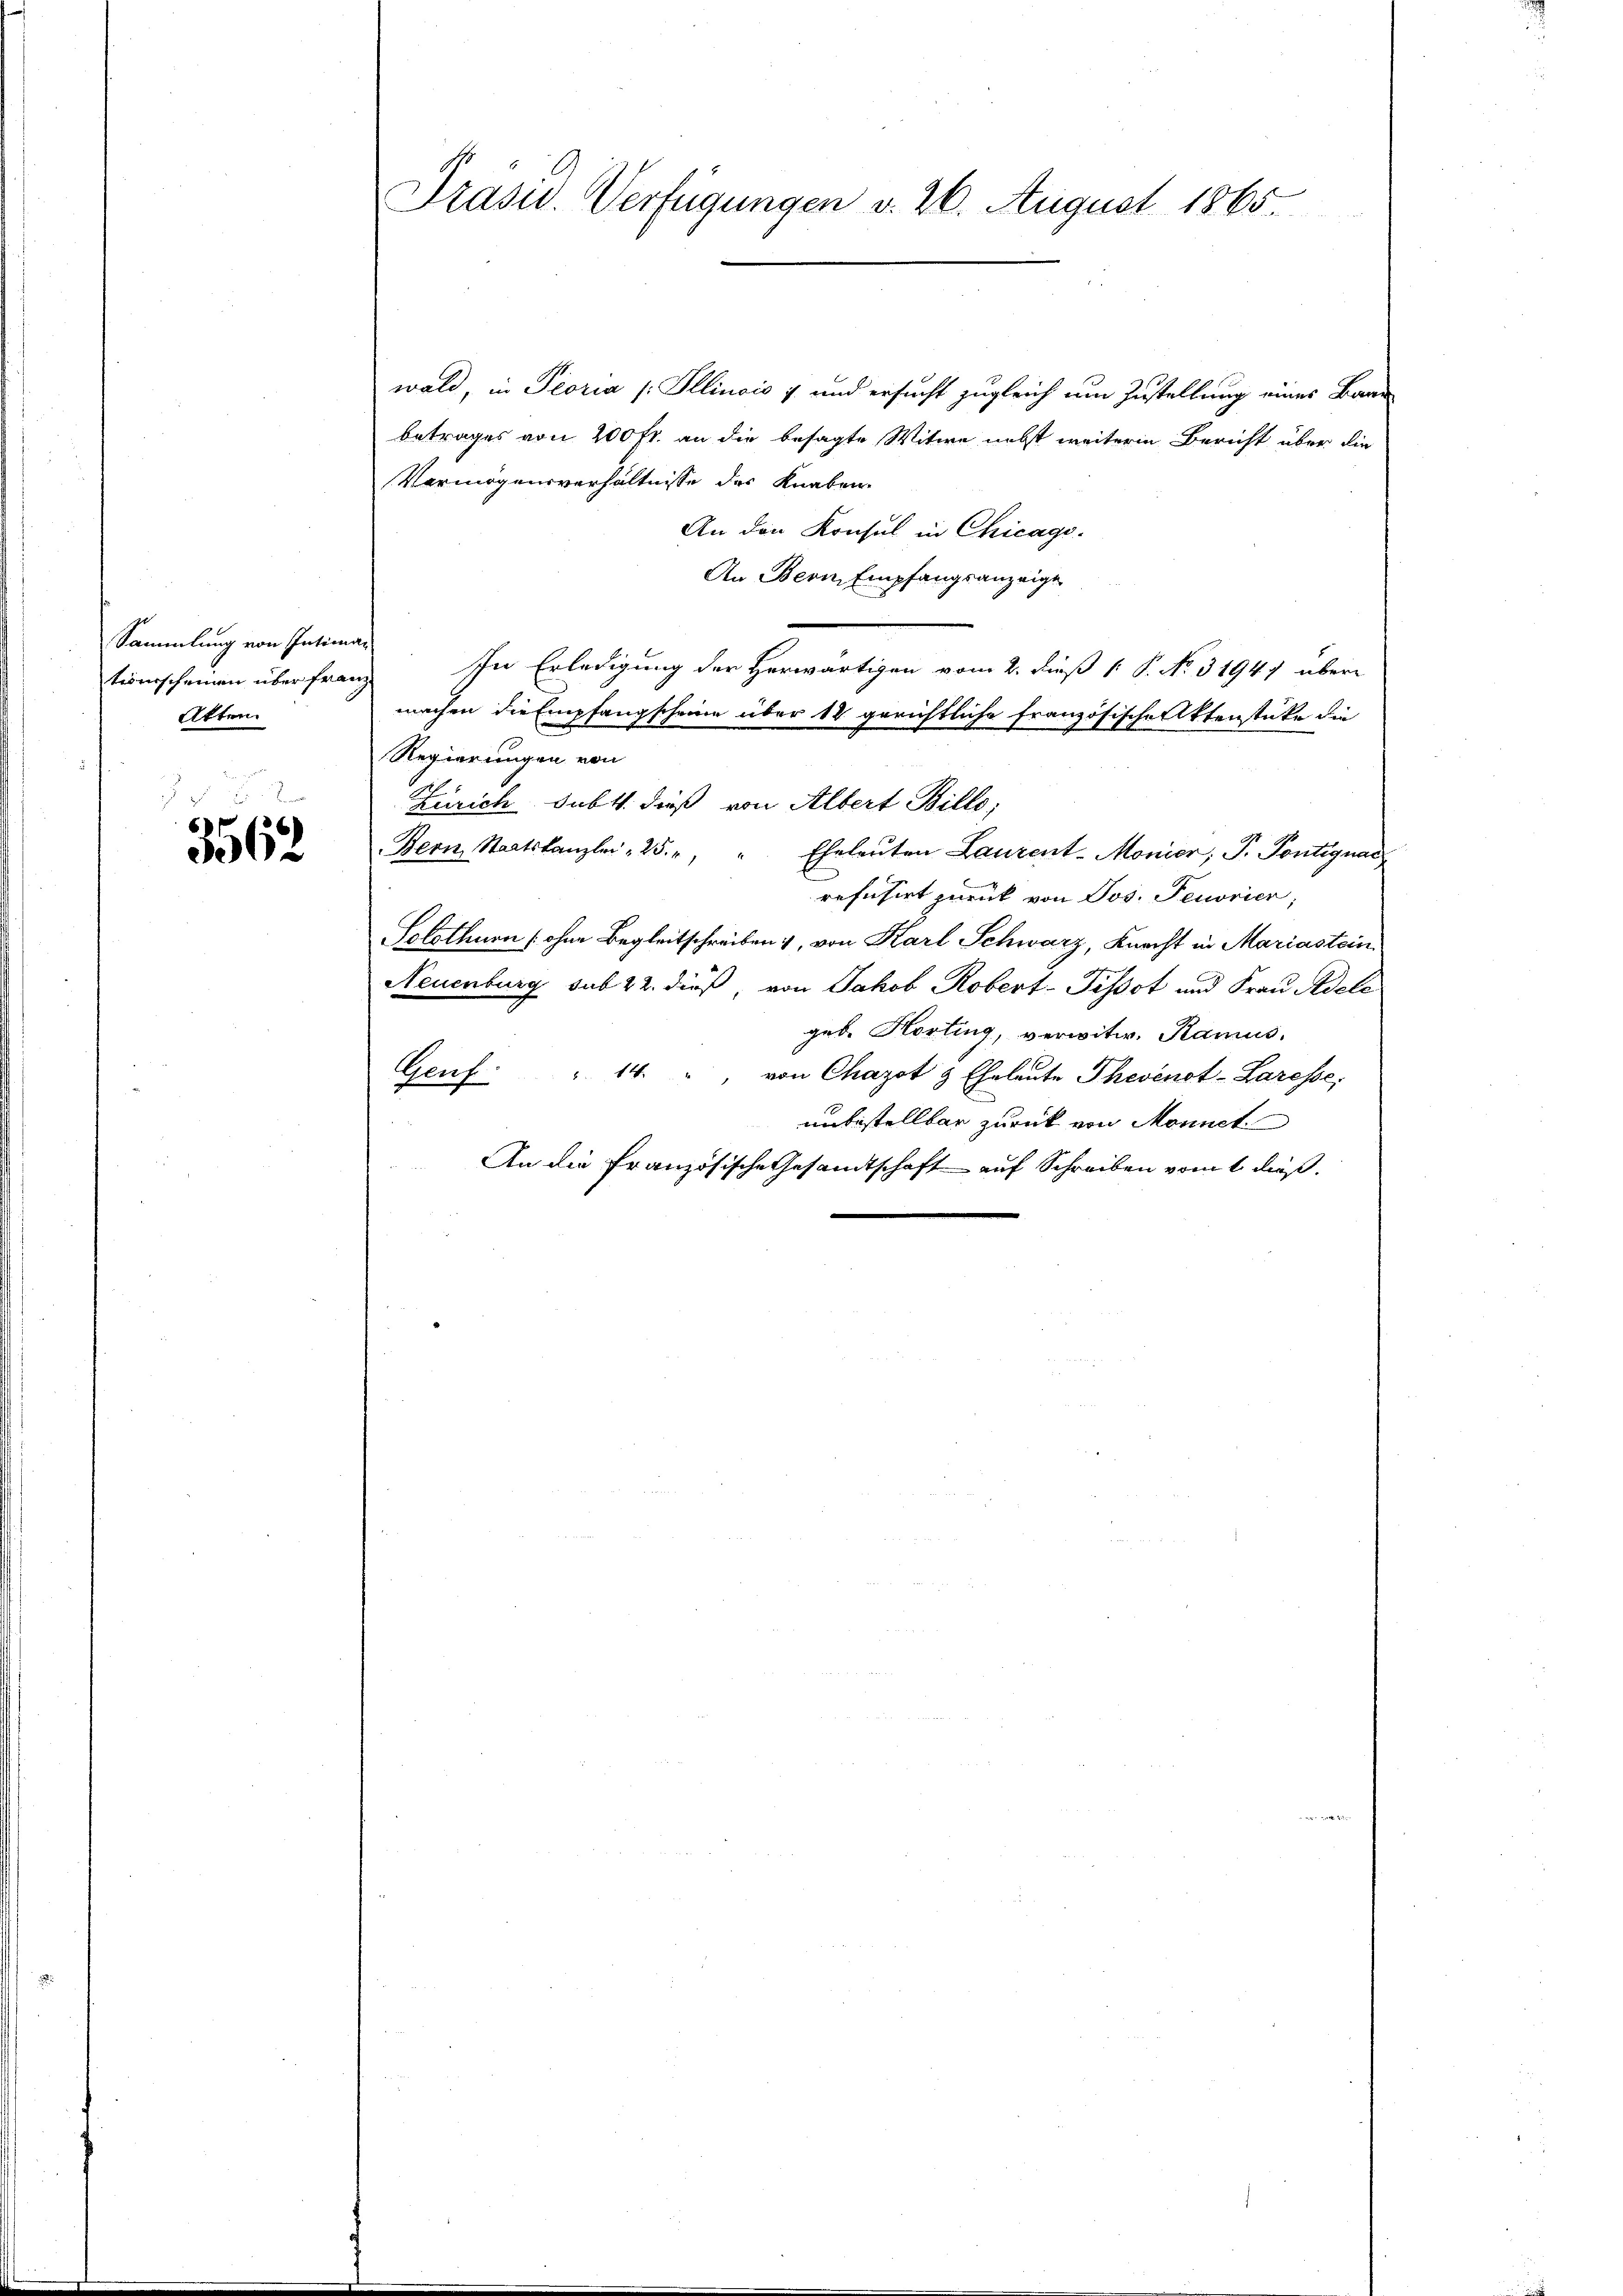
Sammlung von Intima
tionsscheinen über Frau
Atten

3562

Präsid. Verfügungen d. 26. August 1865.

wald, in Peoria (Illinois 7 und ersucht zugleich um Zustellung eines Bann
betrages von 200 fl. an die besagte Witwe nebst weiteren Bericht über die
Vermögensverhältnisse der Knaben.
An den Konsul in Chicage.
An Bern Empfangsanzeige
In Erledigung der Herwärtigen vom 2. dieß [ P. No. 3194) übere
machen die Empfangscheine über 14 gerichtliche französische Aktenstücke die
Regierungen von
Zürich dabt. dieß von Albert Bille;
Bern, Staatskanzlei- 25. " " Eheleuten Laurent-Monier; P. Pontignac
refusirt zurück von Jos. Feuorier,
Solothurn (ohne Begleitschreiben, von Karl Schwarz, Knecht in Mariastein
Neuenburg sub 22. dieß von Jakob Robert-Pissot und Frau Adele
geb. Horting, verwitw. Ramus.
Genf " 14. " " von Chagot & Eheleute Thevenot-Laresse
unbestellbar zurück von Monnet
An die Französische Gesandtschaft auf Schreiben vom 1. dieß.